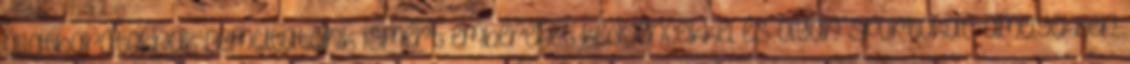
állatbarátoknak Bemutatunk ismert embereket kedvenceikkel és olyan sportokat, amelyekben